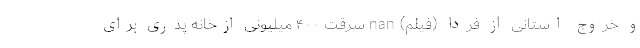
و خروج استانی از فردا (فیلم) nan سرقت ۴۰۰ میلیونی ازخانه پدری برای